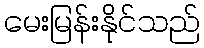
မေးမြန်းနိုင်သည်